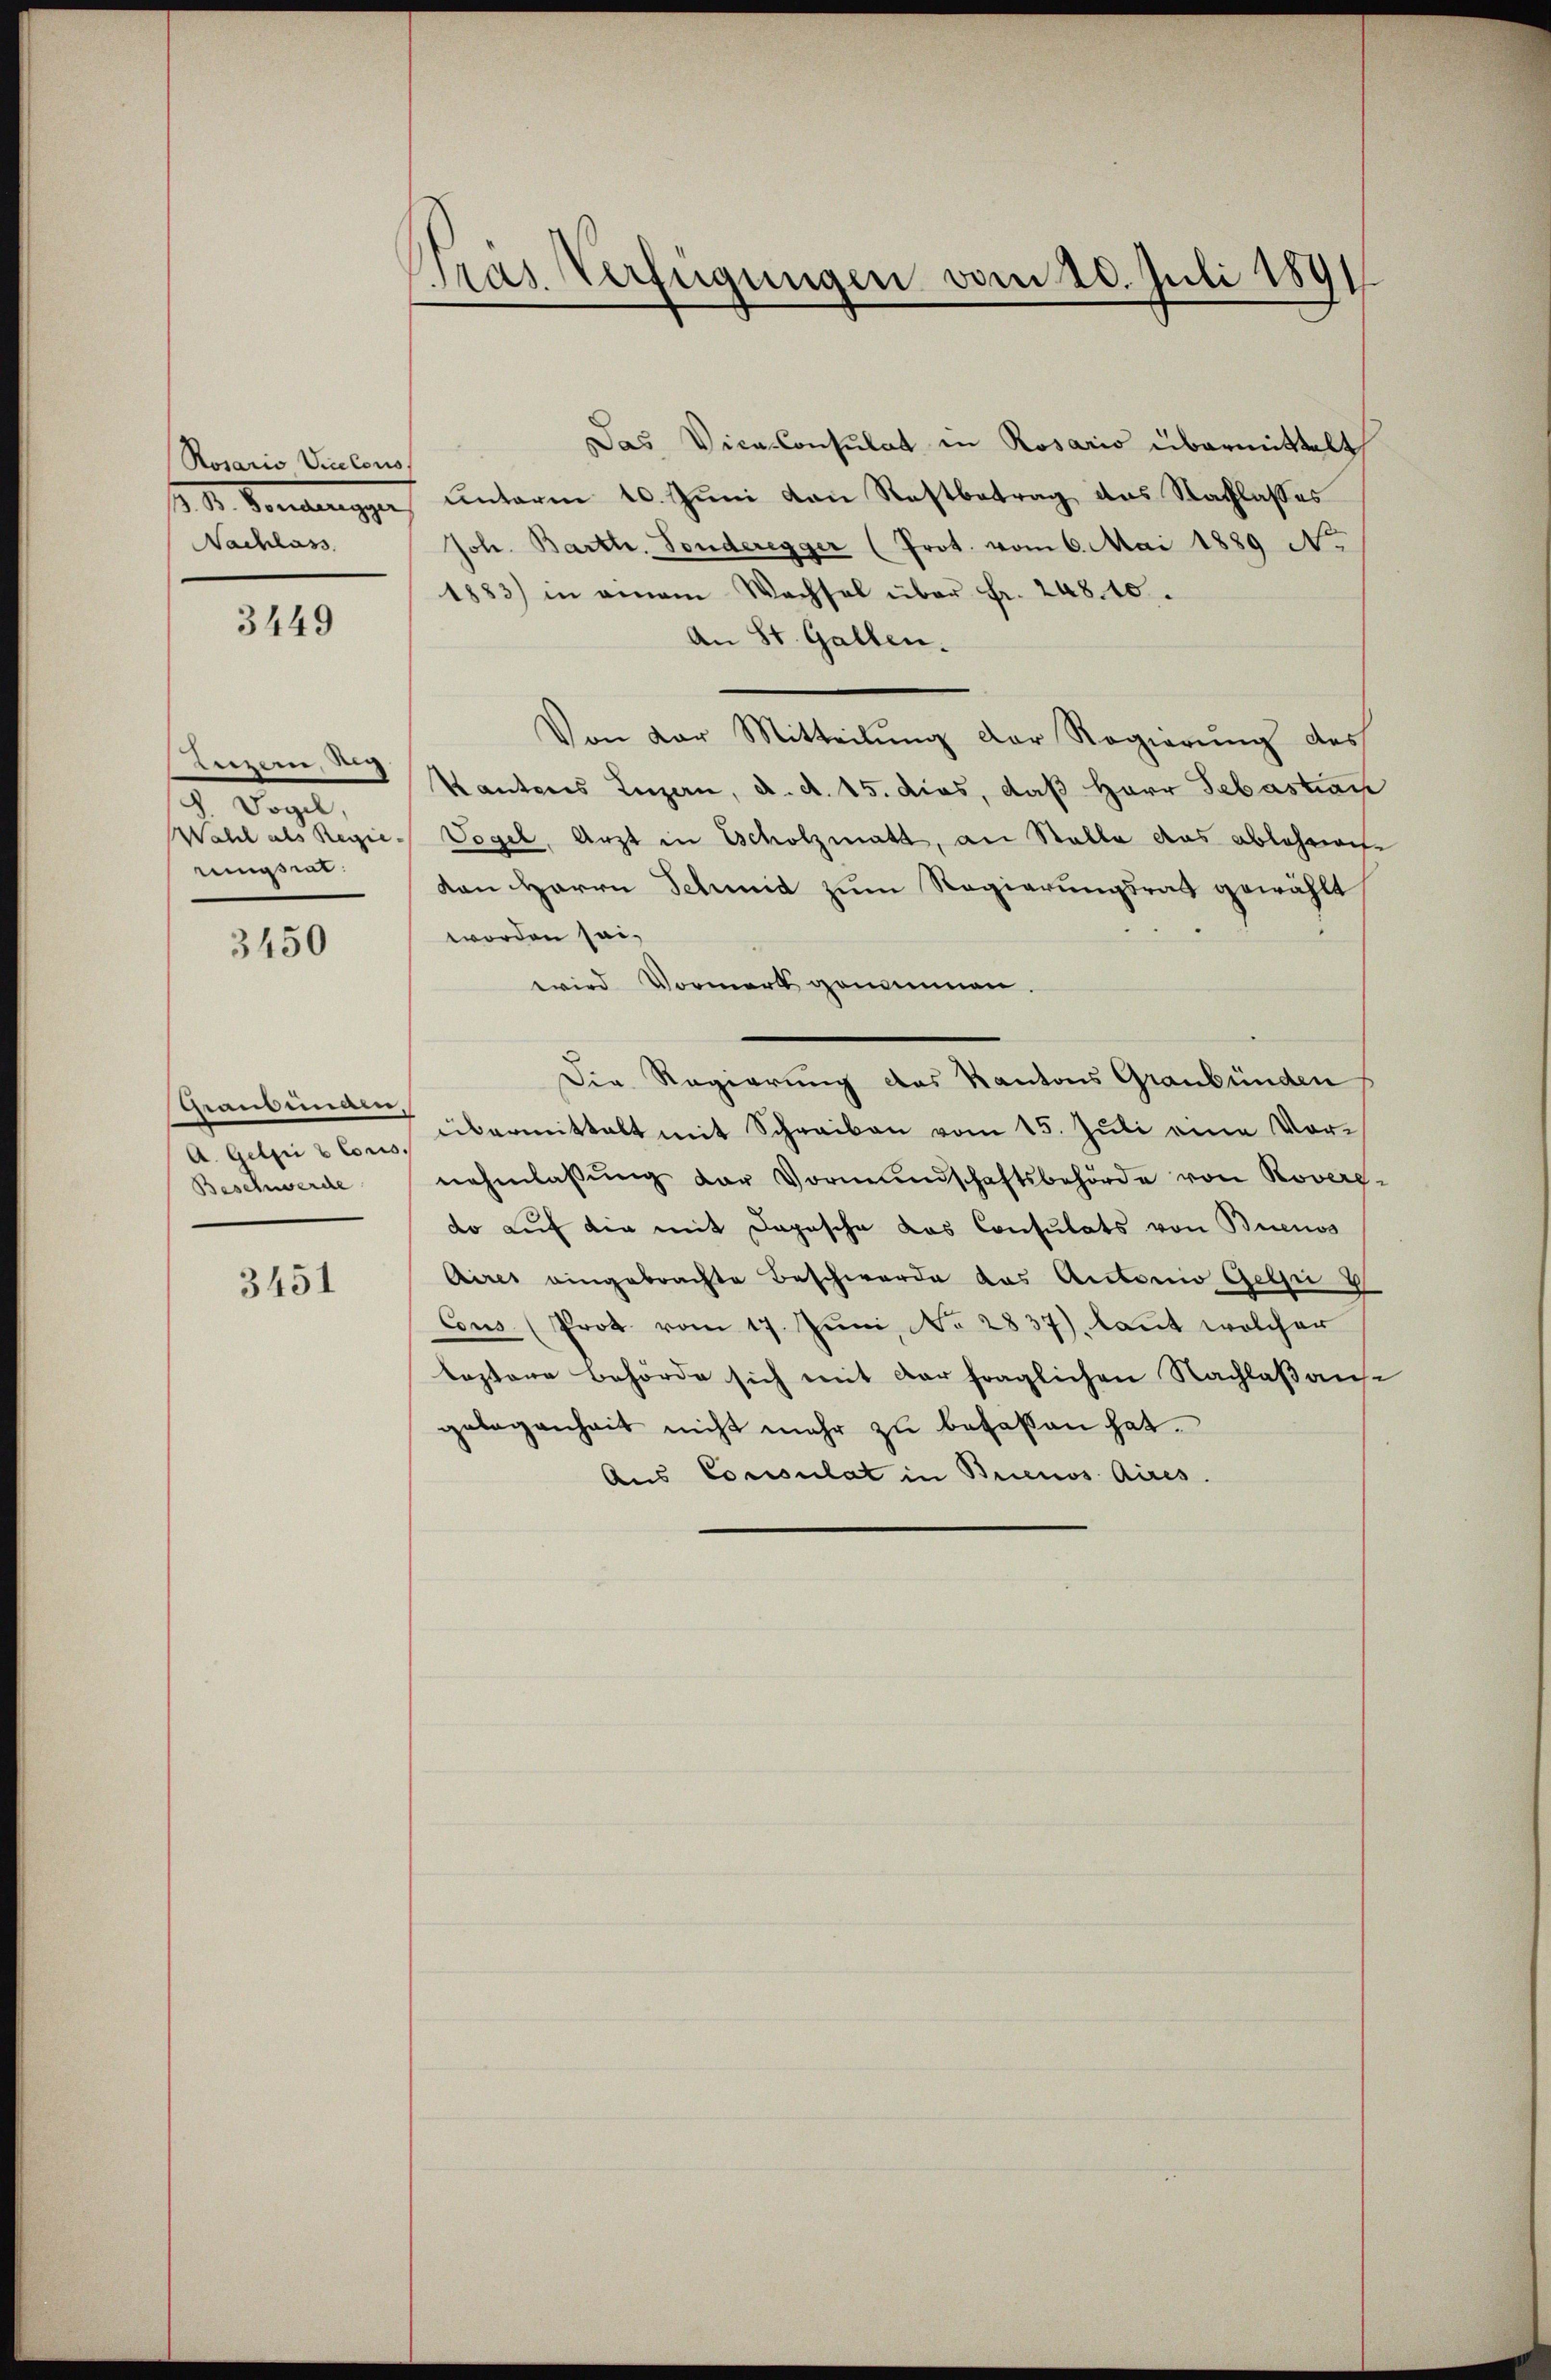
Rosario Victoris
I. Verehrungen
Nachlass

3449

Luzern, nich
 Dogl,
Wahl als Regie-
rungsrat.

3450

Thiantimann,
A. Gelpi b Coris
Beschwerde

3451

Gras Verfügungen vom 20. Juli 1891

Das Vice-Consulat in Rosario übermittelt
unterm 10. Juni von Restbetrag das Sachlasses
Joh. Barttr. Sonderegger (Prot. vom 6. Mai 1889 No
1883) in einem Wachsel über Fr. 248. 10.
An St. Gallen.
Von der Mitteilŭng der Regierŭng des
Kantons Luzern, d. d. 15. dies, daß Herr Sebastian
Vogel, Arzt in Scholzmatt, an Stalle das ablehnen-
von Herrn Schmid zum Regierungsrath gewählt
worden sei,
wird Vormerk genommen.
Die Regierung des Kantons Graubünden
übermittelt mit Schreiben vom 15. Jŭli eine Vor-
nahmlassŭng der Vormŭndschaftsbehörde von Rover-
do auf die mit Depesche das Consulats von Buenos
Aires eingebrachte Beschwerde das Antonio Gelei V
Cous. (Prot vom 17. Juni, No 2837), laut welcher
lestere Behörde sich mit der fraglichen Nachlaß ausgelegenheit nicht mehr zu befallen hat.
Aus Consulat in Buenos Aires.